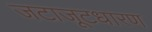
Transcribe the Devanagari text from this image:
जटाजूटधारण